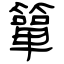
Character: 簞